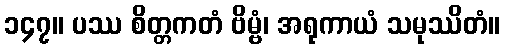
၁၄၇။ ပဿ စိတ္တကတံ ဗိမ္ဗံ၊ အရုကာယံ သမုဿိတံ။